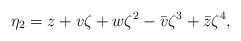
LaTeX: \begin{align*}\eta_2=z+v\zeta+w\zeta^2-\bar{v}\zeta^3+\bar{z}\zeta^4 ,\end{align*}